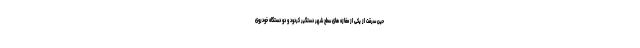
حین سرقت از یکی از مغازه های سطح شهر دستگیر کردود و دو دستگاه خودروی